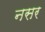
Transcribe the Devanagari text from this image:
नसर